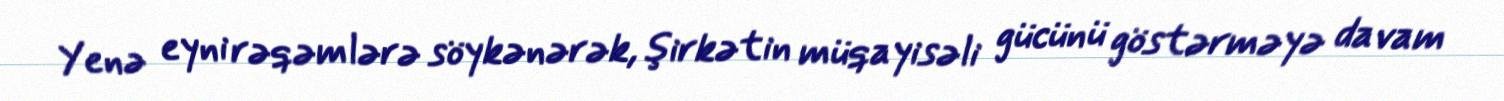
Yenə eyni rəqəmlərə söykənərək, şirkətin müqayisəli gücünü göstərməyə davam